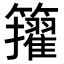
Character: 𥷘